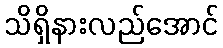
သိရှိနားလည်အောင်